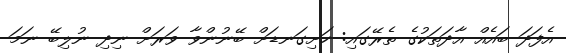
އެފަދަ ބައެއް އާދަތަކުގެ ތެރޭގައި: ހަށިގަނޑަށް ބޭނުންވާ ވަރަށް ނިދި ނުލިބޭ ނަމަ